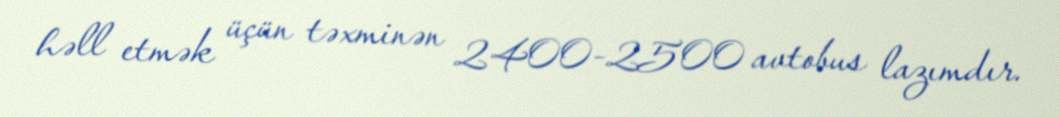
həll etmək üçün təxminən 2400-2500 avtobus lazımdır.